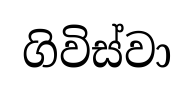
ගිවිස්වා